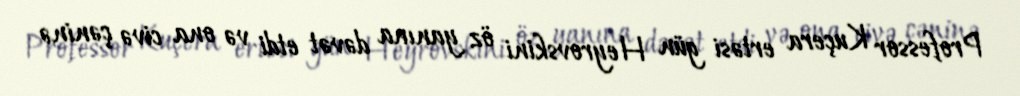
Professor Kuçera ertəsi gün Heyrovskini öz yanına dəvət etdi və ona civə çəninə